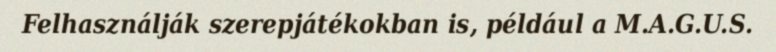
Felhasználják szerepjátékokban is, például a M.A.G.U.S.